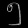
Digit: ၅